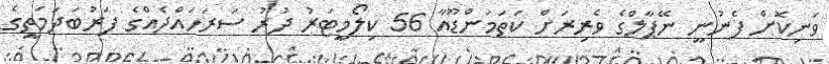
ވަނިކޮށް ފެނުނީ ނޭޕާލްގެ ވެރިރަށް ކަތަމަންޑޫއާ 56 ކިލޯމީޓަރު ދުރު ސަރަހައްދެއްގެ ފަރުބަދަމަތީގެ